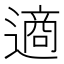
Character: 𮷧